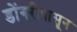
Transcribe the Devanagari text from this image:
डोंगरीपासून